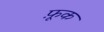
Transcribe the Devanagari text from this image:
फ़ूक